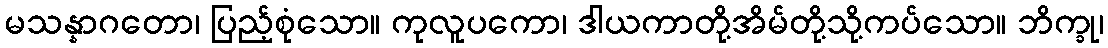
မသန္နာဂတော၊ ပြည့်စုံသော။ ကုလူပကော၊ ဒါယကာတို့အိမ်တို့သို့ကပ်သော။ ဘိက္ခု၊